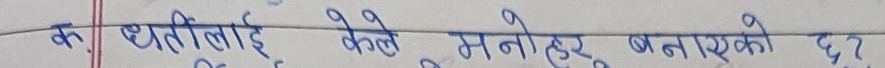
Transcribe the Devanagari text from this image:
कु घतीलाइ केले मनोहर बनाएको छ ?